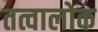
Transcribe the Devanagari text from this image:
तत्वालोक